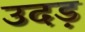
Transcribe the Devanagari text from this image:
उदड़